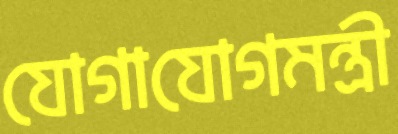
যোগাযোগমন্ত্রী